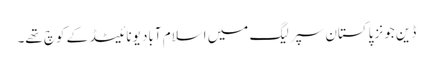
ڈین جونز پاکستان سپر لیگ میں اسلام آباد یونائیٹڈ کے کوچ تھے۔